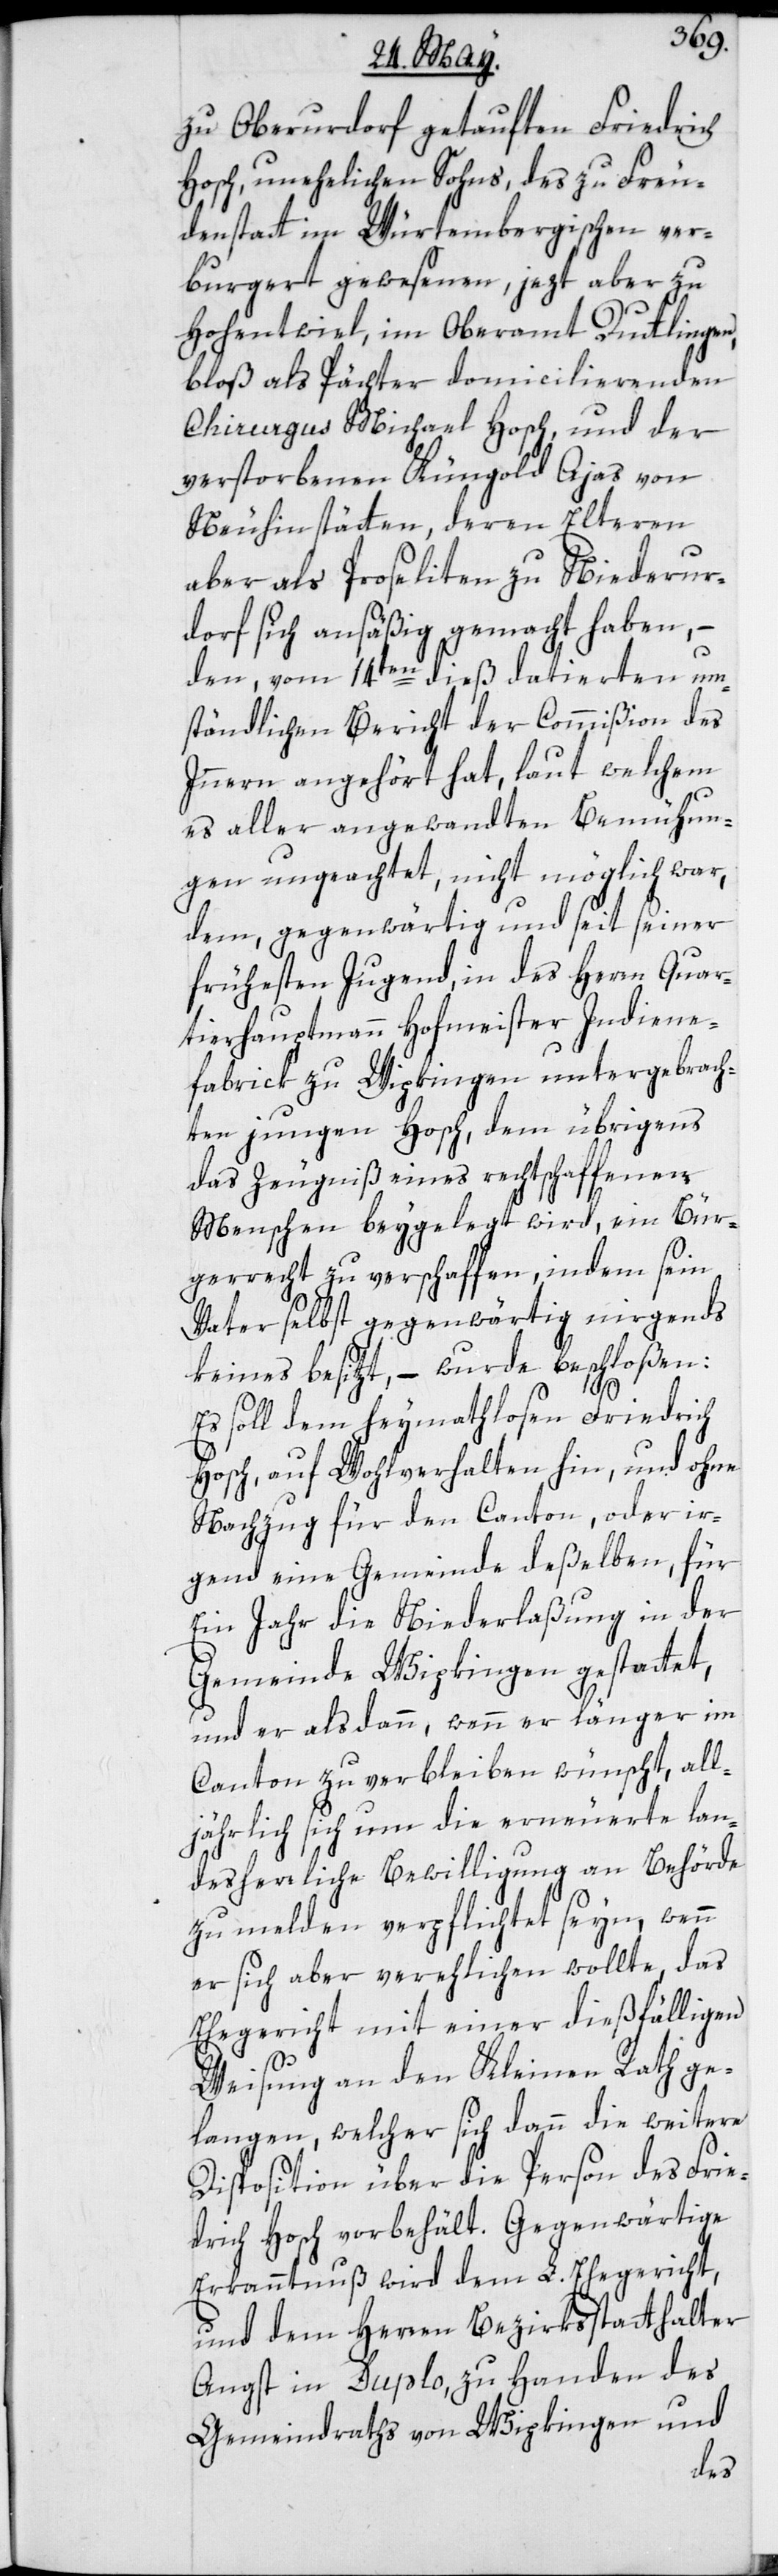
zu Oberurdorf getauften Friedrich
Hosch, unehelichen Sohns des zu Freu¬
denstatt im Württembergischen ver¬
burgert gewesenen, jezt aber zu
Hohentwiel, im Oberamt Duttlingen,
bloß als Pächter domicilierenden
Chirurgus Michael Hosch, und der
verstorbenen Küngold Ajas von
Neuhinstätten, deren Elteren
aber als Proseliten zu Niederur¬
dorf sich ansäßig gemacht haben, –
den vom 14ten dieß datierten um¬
ständlichen Bericht der Commißion des
Innern angehört hat, laut welchem
es aller angewandten Bemühun¬
gen ungeachtet, nicht möglich war,
dem, gegenwärtig und seit seiner
frühesten Jugend, in des Herrn Quar¬
tierhauptmann Hofmeister Indiene-f¬
abrick zu Wipkingen untergebrach¬
ten jungen Hosch, dem übrigens
das Zeugniß eines rechtschaffenen
Menschen beygelegt wird, ein Bür¬
gerrecht zu verschaffen, indem sein
Vater selbst gegenwärtig nirgends
keines besitzt, – wurde beschloßen:
Es soll dem heymathlosen Friedrich
Hosch, auf Wohlverhalten hin, und ohne,
Nachzug für den Canton, oder ir¬
gend eine Gemeinde deßelben, für
ein Jahr die Niederlaßung in der
Gemeinde Wipkingen gestattet,
und er alsdann, wenn er länger im
Canton zu verbleiben wünscht, all¬
jährlich sich um die erneuerte lan¬
desherrliche Bewilligung an Behörde
zu melden verpflichtet seyn, wenn
er sich aber verehelichen wollte, das
Ehegericht mit einer dießfälligen
Weisung an den Kleinen Rath ge¬
langen, welcher sich dann die weitere
Disposition über die Person des Frie¬
drich Hosch vorbehält. Gegenwärtige
Erkanntnuß wird dem L. Ehegericht,
und dem Herren Bezirksstatthalter
Angst in Duplo, zu Handen des
Gemeindraths von Wipkingen und